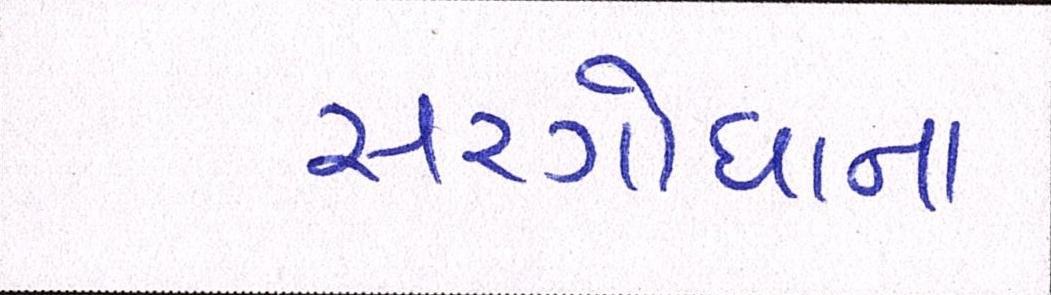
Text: સરગોધાના